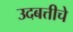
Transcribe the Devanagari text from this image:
उदबत्तीचे